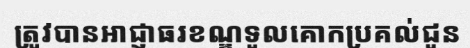
ត្រូវបានអាជ្ញាធរខណ្ឌទួលគោកប្រគល់ជូន